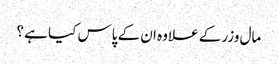
مال وزر کے علاوہ ان کے پاس کیا ہے ؟